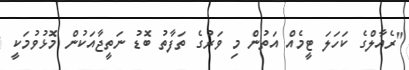
"ރެއާލްގެ ކަަަހަަލަ ޓީމެއް އަތުން މި ވަރުގެ ތަފާތު ބޮޑު ނަތީޖާއަކުން މޮޅުވުމަކީ